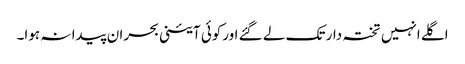
اگلے انہیں تختہ دار تک لے گئے اورکوئی آئینی بحران پیدا نہ ہوا۔